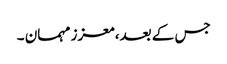
جس کے بعد، معزز مہمان ۔